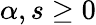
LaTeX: \alpha,s\geq 0